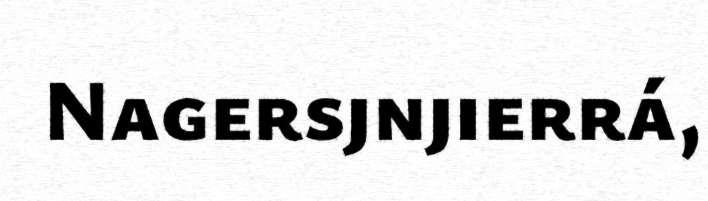
Nagersjnjierrá,